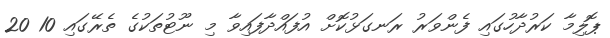
ޕޮލިމާ ކަރުދާހުގައި ފެންވަރު ރަނގަޅުކޮށް އުފައްދާފައިވާ މި ނޫޓުތަކުގެ ތެރޭގައި 10 20